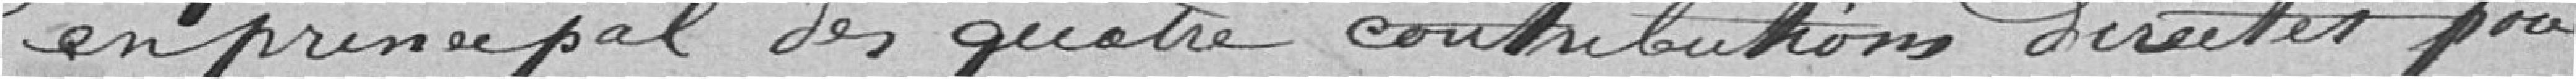
en principal des quatre contributions directes pour